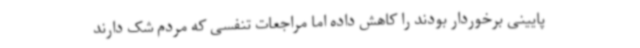
پایینی برخوردار بودند را کاهش داده اما مراجعات تنفسی که مردم شک دارند